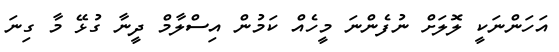
އަހަންނަކީ ލޮލަށް ނުފެންނަ މީހެއް ކަމުން އިސްލާމް ދީނާ ގުޅޭ މާ ގިނަ